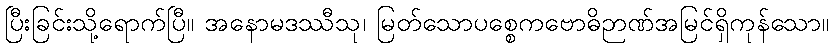
ပြီးခြင်းသို့ရောက်ပြီ။ အနောမဒဿီသု၊ မြတ်သောပစ္စေကဗောဓိဉာဏ်အမြင်ရှိကုန်သော။